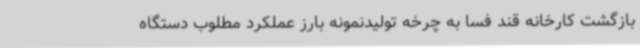
بازگشت کارخانه قند فسا به چرخه تولیدنمونه بارز عملکرد مطلوب دستگاه